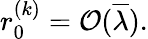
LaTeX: r_{0}^{(k)}={\cal O}(\overline{{{\lambda}}}).